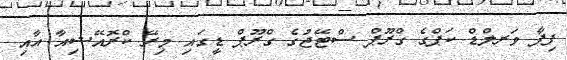
ފިފާ ވަރލްޑް ކަޕްގެ ގްރޫޕް ސްޓޭޖުގެ ގްރޫޕް ޑީގައި މިރޭ ކްރޮއޭޝިއާ އާއި